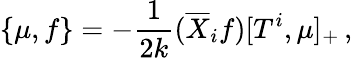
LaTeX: \left\{ \mu,f\right\} =-\frac{1}{2k}(\overline{{X}}_{i}f)[T^{i},\mu]_{+}\, ,